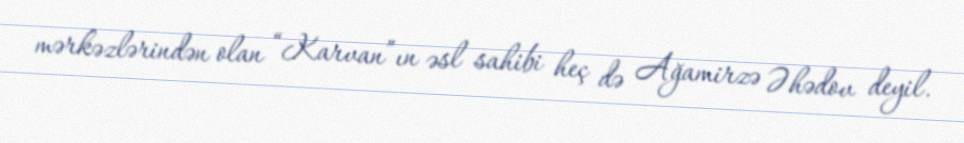
mərkəzlərindən olan “Karvan”ın əsl sahibi heç də Ağamirzə Əhədov deyil.